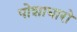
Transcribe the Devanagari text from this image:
पोशाधारो